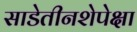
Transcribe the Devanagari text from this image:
साडेतीनशेपेक्षा